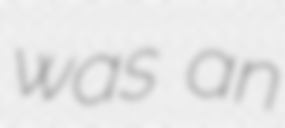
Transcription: was an